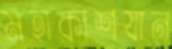
মহাকাশযান